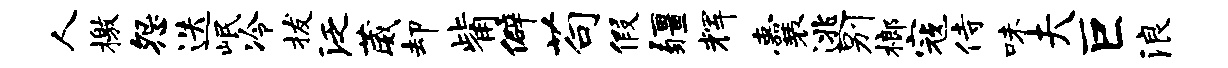
人檄怨迭岷冷拔泛葳却觜僻苟假疆辉囊逃别榔寇侍味夫巨浪